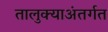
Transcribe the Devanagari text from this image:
तालुक्याअंतर्गत